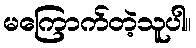
မကြောက်တဲ့သူပါ။